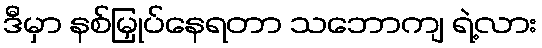
ဒီမှာ နစ်မြှုပ်နေရတာ သဘောကျ ရဲ့လား